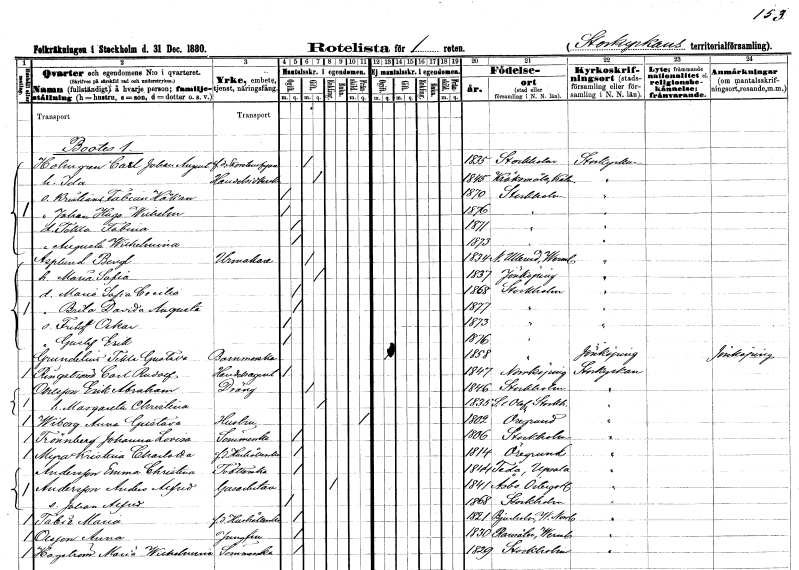
gt_parse: households: individuals: FN: Carl Johan August
EN: Holmgren
YRKE: Skorstensfejare f.d.
KON: M
CIV: G
FODAR: 1835
FODFORS: Stockholm
FN: Ida
YRKE: Handelsidkerska
KON: K
CIV: G
FODAR: 1845
FODFORS: Kråksmåla Kalmar län
FN: Kristian Fabian Håkan
KON: M
CIV: O
FODAR: 1870
FODFORS: Stockholm
FN: Johan Hugo Håkan
KON: M
CIV: O
FODAR: 1876
FODFORS: Stockholm
FN: Tekla Fabina
KON: K
CIV: O
FODAR: 1871
FODFORS: Stockholm
FN: Augusta Wilhelmina
KON: K
CIV: O
FODAR: 1873
FODFORS: Stockholm
FN: Bengt
EN: Asplund
YRKE: Urmakare
KON: M
CIV: G
FODAR: 1834
FODFORS: Nedre Ullerud Värmlands län
FN: Maria Sofia
KON: K
CIV: G
FODAR: 1837
FODFORS: Jönköping Jönköpings län
FN: Maria Sofia Cecilia
KON: K
CIV: O
FODAR: 1868
FODFORS: Stockholm
FN: Brita Davida Augusta
KON: K
CIV: O
FODAR: 1877
FODFORS: Stockholm
FN: Fritiof Oskar
KON: M
CIV: O
FODAR: 1873
FODFORS: Stockholm
FN: Gustaf Erik
KON: M
CIV: O
FODAR: 1876
FODFORS: Stockholm
FN: Tekla Gustava
EN: Grundelius
YRKE: Barnmorska
KON: K
CIV: O
FODAR: 1858
FODFORS: Stockholm
FN: Carl Rudolf
EN: Ringström
YRKE: Handelsagent
KON: M
CIV: O
FODAR: 1847
FODFORS: Norrköping Östergötlands län
FN: Erik Abraham
EN: Ohlsson
YRKE: Dräng
KON: M
CIV: G
FODAR: 1846
FODFORS: Stockholm
FN: Margareta Christina
KON: K
CIV: G
FODAR: 1835
FODFORS: Sankt Olof Stockholms län
FN: Anna Gustava
EN: Wiborg
YRKE: Hustru
KON: K
CIV: X
FODAR: 1802
FODFORS: Öregrund Uppsala län
FN: Johanna Lovisa
EN: Trönnberg
YRKE: Sömmerska
KON: K
CIV: O
FODAR: 1806
FODFORS: Stockholm
FN: Kristina Charlotta
EN: Myra
YRKE: Hushållerska f.d.
KON: K
CIV: O
FODAR: 1814
FODFORS: Öregrund Uppsala län
FN: Emma Christina
EN: Andersson
YRKE: Tvätterska
KON: K
CIV: O
FODAR: 1844
FODFORS: Teda Uppsala län
FN: Anders Alfred
EN: Andersson
YRKE: Gasarbetare
KON: M
CIV: E
FODAR: 1841
FODFORS: Åsbo Östergötlands län
FN: Johan Alfred
KON: M
CIV: O
FODAR: 1868
FODFORS: Stockholm
FN: Maria
EN: Tabie
YRKE: Hushållerska f.d.
KON: K
CIV: O
FODAR: 1821
FODFORS: Bjurholm Västerbottens län